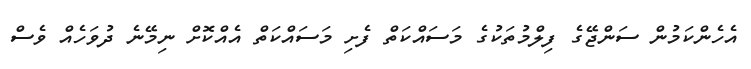
އެހެންކަމުން ސަންޖޭގެ ފިލްމުތަކުގެ މަސައްކަތް ފެށި މަސައްކަތް އެއްކޮށް ނިމޭނެ ދުވަހެއް ވެސް